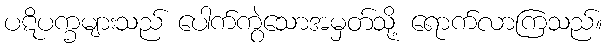
ပဋိပက္ခများသည် ပေါက်ကွဲသောအမှတ်သို့ ရောက်လာကြသည်။